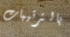
بالترتيبات